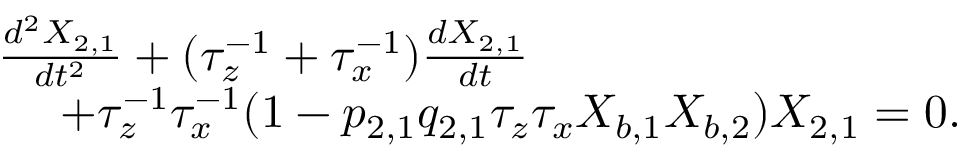
\begin{array} { r l } & { \frac { d ^ { 2 } X _ { 2 , 1 } } { d t ^ { 2 } } + ( \tau _ { z } ^ { - 1 } + \tau _ { x } ^ { - 1 } ) \frac { d X _ { 2 , 1 } } { d t } } \\ & { ~ ~ ~ ~ + \tau _ { z } ^ { - 1 } \tau _ { x } ^ { - 1 } ( 1 - p _ { 2 , 1 } q _ { 2 , 1 } \tau _ { z } \tau _ { x } X _ { b , 1 } X _ { b , 2 } ) X _ { 2 , 1 } = 0 . } \end{array}